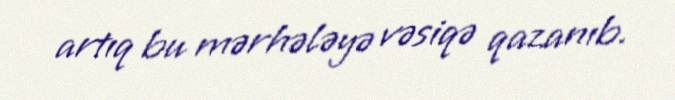
artıq bu mərhələyə vəsiqə qazanıb.